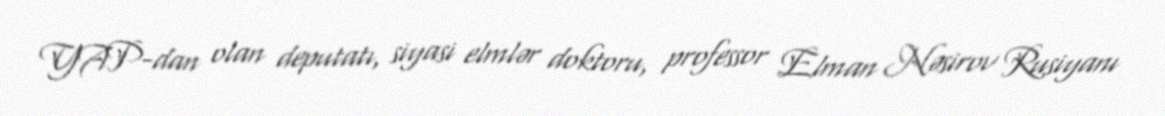
YAP-dan olan deputatı, siyasi elmlər doktoru, professor Elman Nəsirov Rusiyanı